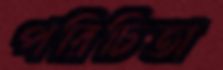
পরিচিতা